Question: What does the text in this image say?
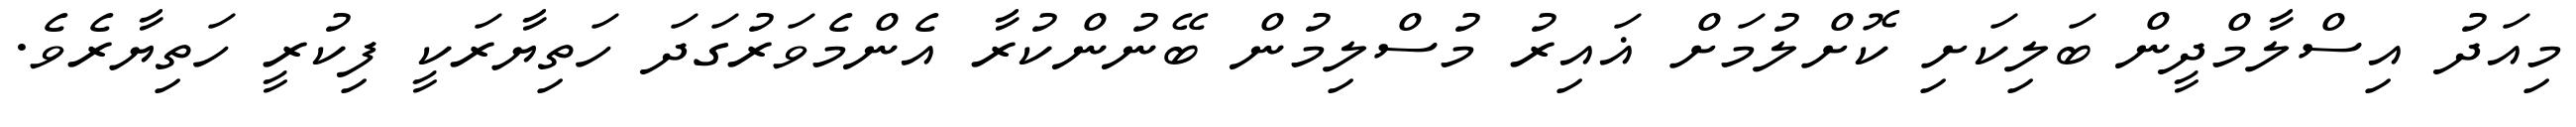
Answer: މިއަދު އިސްލާމްދީން ބަލިކަށި ކޮށްލުމަށް ޣައިރު މުސްލިމުން ބޭނުންކުރާ އެންމެވަރުގަދަ ހަތިޔާރަކީ ފިކުރީ ހަތިޔާރެވެ.